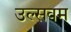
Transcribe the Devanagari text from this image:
उल्सवम